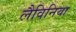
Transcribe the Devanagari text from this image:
लैविनिया